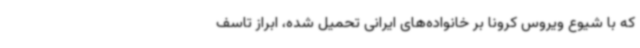
که با شیوع ویروس کرونا بر خانواده‌های ایرانی تحمیل شده، ابراز تاسف